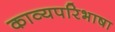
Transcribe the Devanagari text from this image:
काव्यपरिभाषा